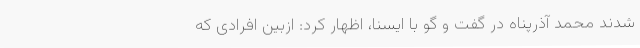
شدند محمد آذرپناه در گفت و گو با ایسنا، اظهار کرد: ازبین افرادی که